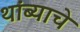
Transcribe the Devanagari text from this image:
थांब्याचे